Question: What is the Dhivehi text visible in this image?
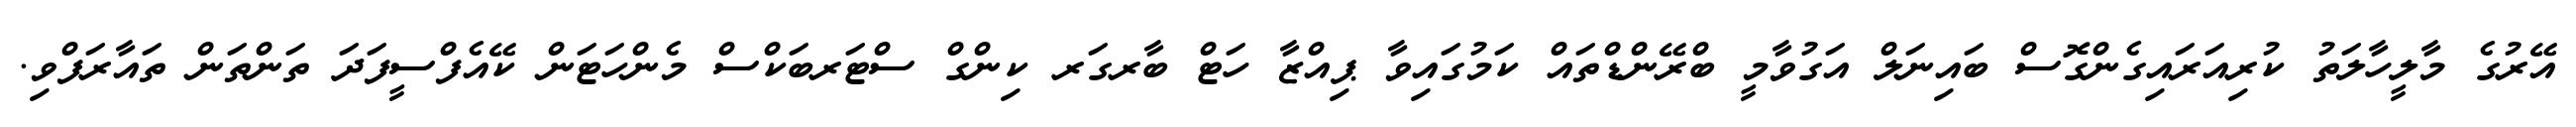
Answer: އޭރުގެ މާލީހާލަތު ކުރިއަރައިގެންގޮސް ބައިނަލް އަގުވާމީ ބްރޭންޑްތައް ކަމުގައިވާ ޕިއްޒާ ހަޓް ބާރގަރ ކިންގް ސްޓަރބަކްސް މެންހަޓަން ކޭއެފްސީފަދަ ތަންތަން ތައާރަފްވި.